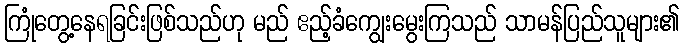
ကြုံတွေ့နေရခြင်းဖြစ်သည်ဟု မည် ဧည့်ခံကျွေးမွေးကြသည် သာမန်ပြည်သူများ၏